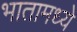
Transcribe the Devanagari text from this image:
भातामध्ये